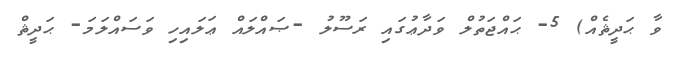
ވާ ޙަދީޘެއް) 5- ޙައްޖަތުލް ވަދާޢުގައި ރަސޫލު -ޞައްލައް ޢަލައިހި ވަސައްލަމަ- ޙަދީޘް